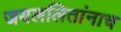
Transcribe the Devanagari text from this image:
जयललितांनाच